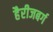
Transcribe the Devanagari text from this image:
हैरीजबर्ग